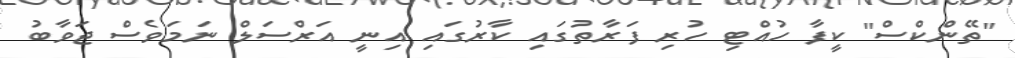
"ތޭންކްސް" ކީފާ ހުއްޓި ހުރި ފަރާތުގައި ކާރުގައި އިނީ އަރްސަލް ނަމަވެސް ޖަވާބު